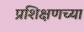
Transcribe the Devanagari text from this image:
प्रशिक्षणच्या